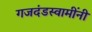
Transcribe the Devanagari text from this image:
गजदंडस्वामींनी